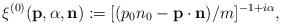
LaTeX: \begin{align*}\xi^{(0)}({\bf p},{\alpha},{\bf n}):=[(p_{0}n_{0}-{\bf p}\cdot{\bf n})/m]^{-1+i\alpha},\end{align*}